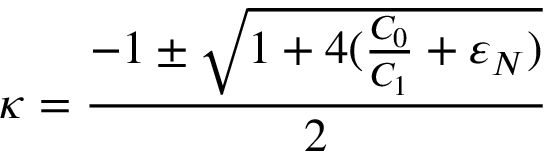
\kappa = \frac { - 1 \pm \sqrt { 1 + 4 ( \frac { C _ { 0 } } { C _ { 1 } } + \varepsilon _ { N } ) } } { 2 }